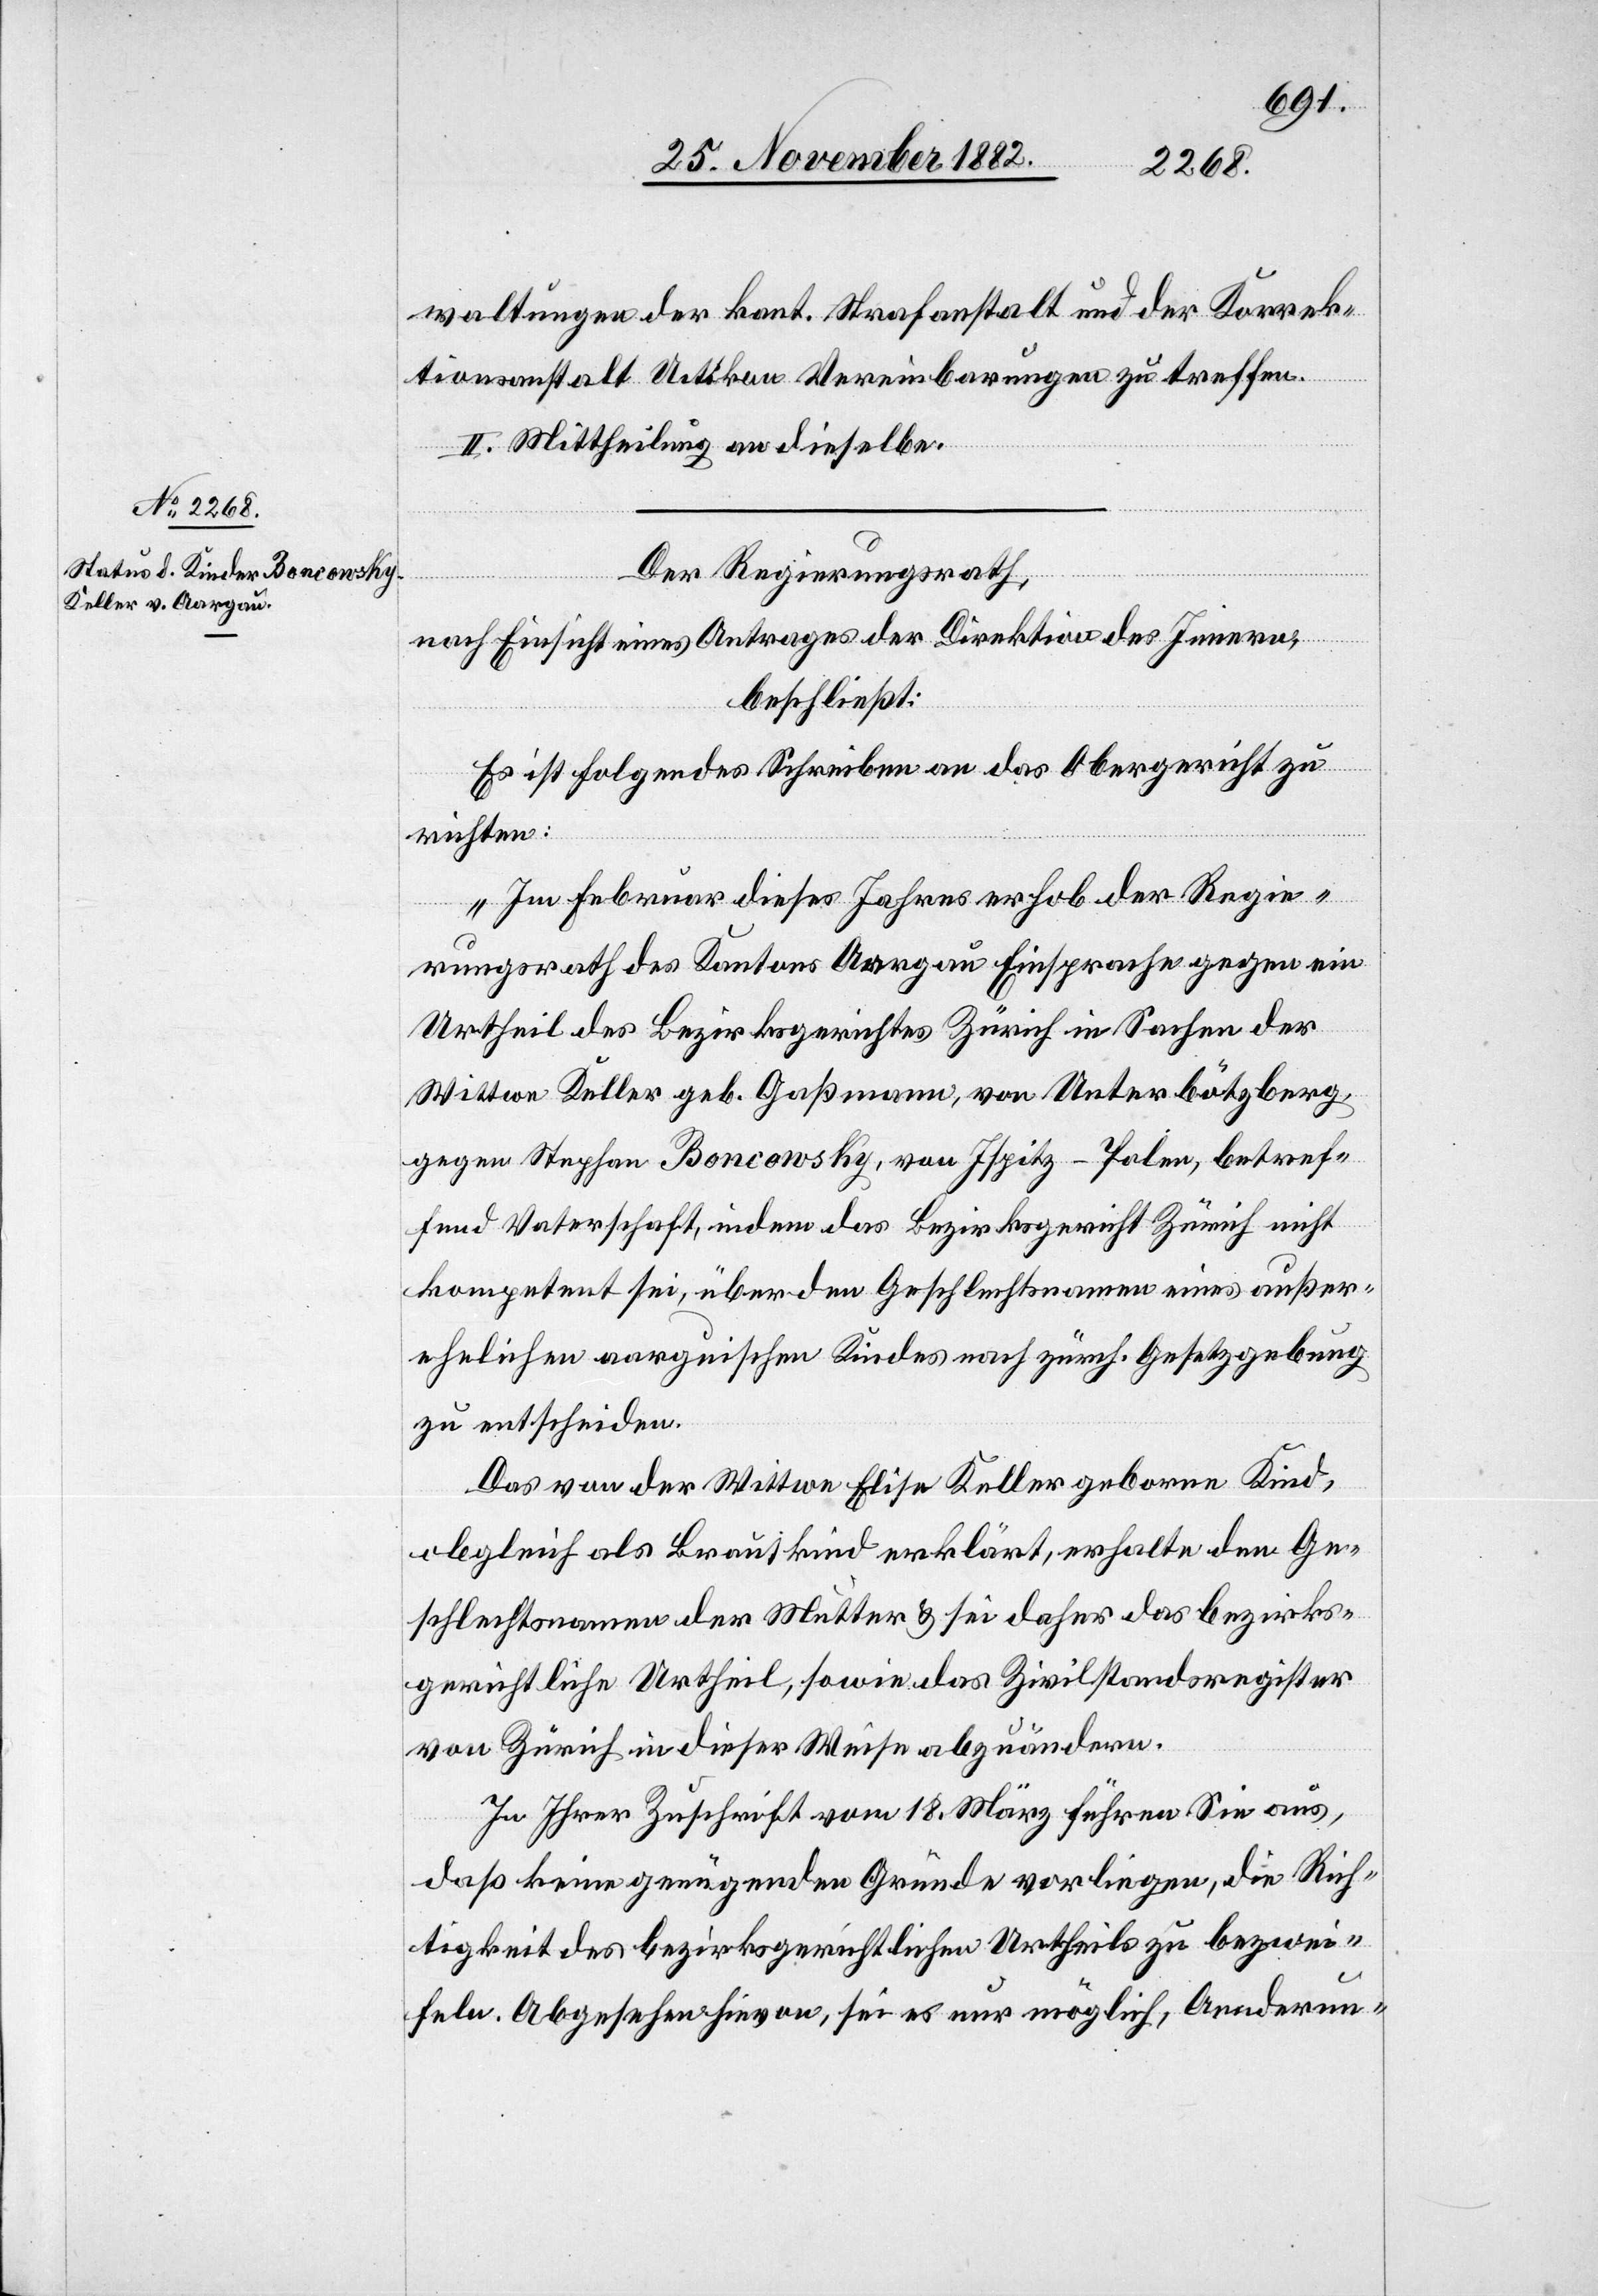
waltungen der kant. Strafanstalt und der Korrek¬
tionsanstalt Uitikon Vereinbarungen zu treffen.
II. Mittheilung an dieselbe.
Der Regierungsrath,
nach Einsicht eines Antrages der Direktion des Innern,
beschließt:
Es ist folgendes Schreiben an das Obergericht zu
richten:
„Im Februar dieses Jahres erhob der Regie¬
rungsrath des Kantons Aargau Einsprache gegen ein
Urtheil des Bezirksgerichtes Zürich in Sachen der
Wittwe Keller geb. Gaßmann, von Unterbötzberg,
gegen Stephan Boncowsky, von Ispitz - Polen, betref¬
fend Vaterschaft, indem das Bezirksgericht Zürich nicht
kompetent sei, über den Geschlechtsnamen eines außer¬
ehelichen aargauischen Kindes nach zürch. Gesetzgebung
zu entscheiden.
Das von der Wittwe Elise Keller geborne Kind,
obgleich als Brautkind erklärt, erhalte den Ge¬
schlechtsnahmen der Mutter & sei daher das bezirks¬
gerichtliche Urtheil, sowie das Zivilstandsregister
von Zürich in dieser Weise abzuändern.
In Ihrer Zuschrift vom 18. März führen Sie aus,
daß keine genügenden Gründe vorliegen, die Rich¬
tigkeit des bezirksgerichtlichen Urtheils zu bezwei¬
feln. Abgesehen hievon, sei es nur möglich, Aenderun-